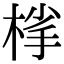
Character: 𪲦